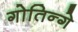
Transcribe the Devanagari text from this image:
गोतिन्गे